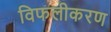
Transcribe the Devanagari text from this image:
विफलीकरण